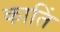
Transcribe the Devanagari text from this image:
कातिं